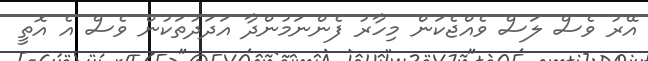
އޭރު ވެސް ލަސް ވެއްޖެކަން މިހާރު ފެންނަމުންދާ އަދަދުތަކުން ވެސް އެ އޮތީ